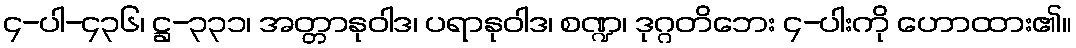
၄-ပါ-၄၃၆၊ ဋ္ဌ-၃၃၁၊ အတ္တာနုဝါဒ၊ ပရာနုဝါဒ၊ စဏ္ဍ၊ ဒုဂ္ဂတိဘေး ၄-ပါးကို ဟောထား၏။